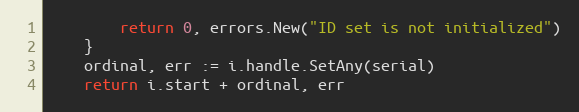
Language: Go
		return 0, errors.New("ID set is not initialized")
	}
	ordinal, err := i.handle.SetAny(serial)
	return i.start + ordinal, err